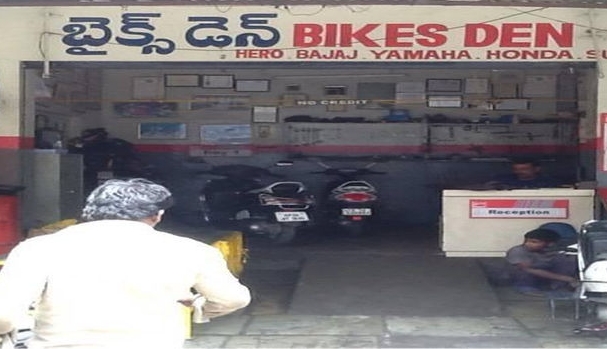
Language: telugu
Transcription: బైక్స్ డెన్